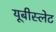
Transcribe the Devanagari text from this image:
यूबीस्लेट